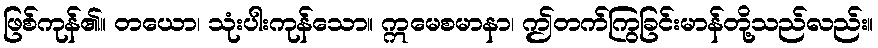
ဖြစ်ကုန်၏။ တယော၊ သုံးပါးကုန်သော။ ဣမေစမာနာ၊ ဤတက်ကြွခြင်းမာန်တို့သည်လည်း။